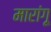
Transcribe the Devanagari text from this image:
मारांगू